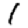
Digit: 1